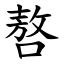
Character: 嗸